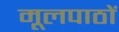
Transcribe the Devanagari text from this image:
मूलपाठों